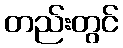
တည်းတွင်